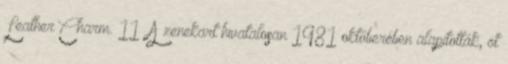
Leather Charm. 11 A zenekart hivatalosan 1981 októberében alapították, öt